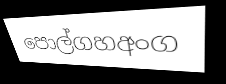
පොල්ගහඅංග